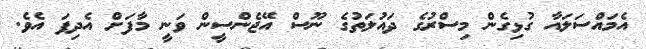
އެމައްސަލައާ ގުޅިގެން މިސްރުގެ ދައުލަތުގެ ނޫސް އޭޖެންސީން ވަނީ މާފަށް އެދިފަ އެވެ.